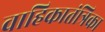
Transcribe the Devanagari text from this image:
वाहिकातंत्रिका